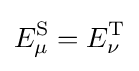
E_{\mu }^{\text{S}}=E_{\nu }^{\text{T}}